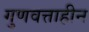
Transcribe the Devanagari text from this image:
गुणवत्ताहीन